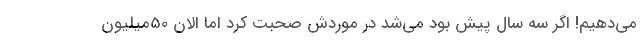
می‌دهیم! اگر سه سال پیش بود می‌شد در موردش صحبت کرد اما الان 50میلیون